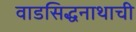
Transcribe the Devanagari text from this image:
वाडसिद्धनाथाची